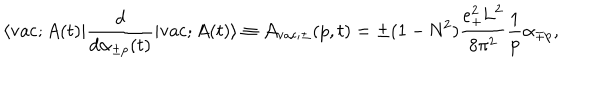
LaTeX: \langle \mathrm { v a c } ; A ( t ) | \frac { d } { d { \alpha } _ { \pm p } ( t ) } | \mathrm { v a c } ; A ( t ) \rangle \equiv { \cal A } _ { \mathrm { v a c } ; \pm } ( p , t ) = \pm ( 1 - \mathrm { N } ^ { 2 } ) \frac { e _ { + } ^ { 2 } \mathrm { L } ^ { 2 } } { 8 { \pi } ^ { 2 } } \frac { 1 } { p } { \alpha } _ { \mp p } ,